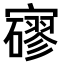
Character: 𡫱